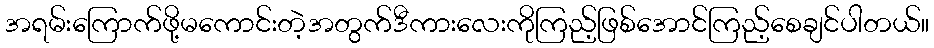
အရမ်းကြောက်ဖို့မကောင်းတဲ့အတွက်ဒီကားလေးကိုကြည့်ဖြစ်အောင်ကြည့်စေချင်ပါတယ်။